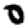
Digit: 0